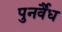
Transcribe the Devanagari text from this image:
पुनर्वैध